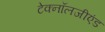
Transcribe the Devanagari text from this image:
टेक्नॉलजीएंड